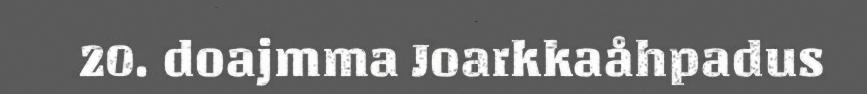
20. doajmma Joarkkaåhpadus